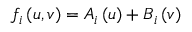
f _ { i } \left( u , v \right) = A _ { i } \left( u \right) + B _ { i } \left( v \right)